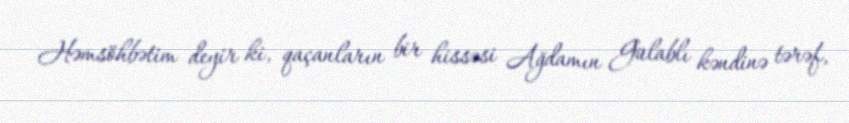
Həmsöhbətim deyir ki, qaçanların bir hissəsi Ağdamın Gülablı kəndinə tərəf,